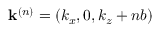
{ \bf k } ^ { ( n ) } = \left( k _ { x } , 0 , k _ { z } + n b \right)